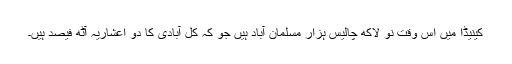
کینیڈا میں اس وقت نو لاکھ چالیس ہزار مسلمان آباد ہیں جو کہ کل آبادی کا دو اعشاریہ آٹھ فیصد ہیں۔